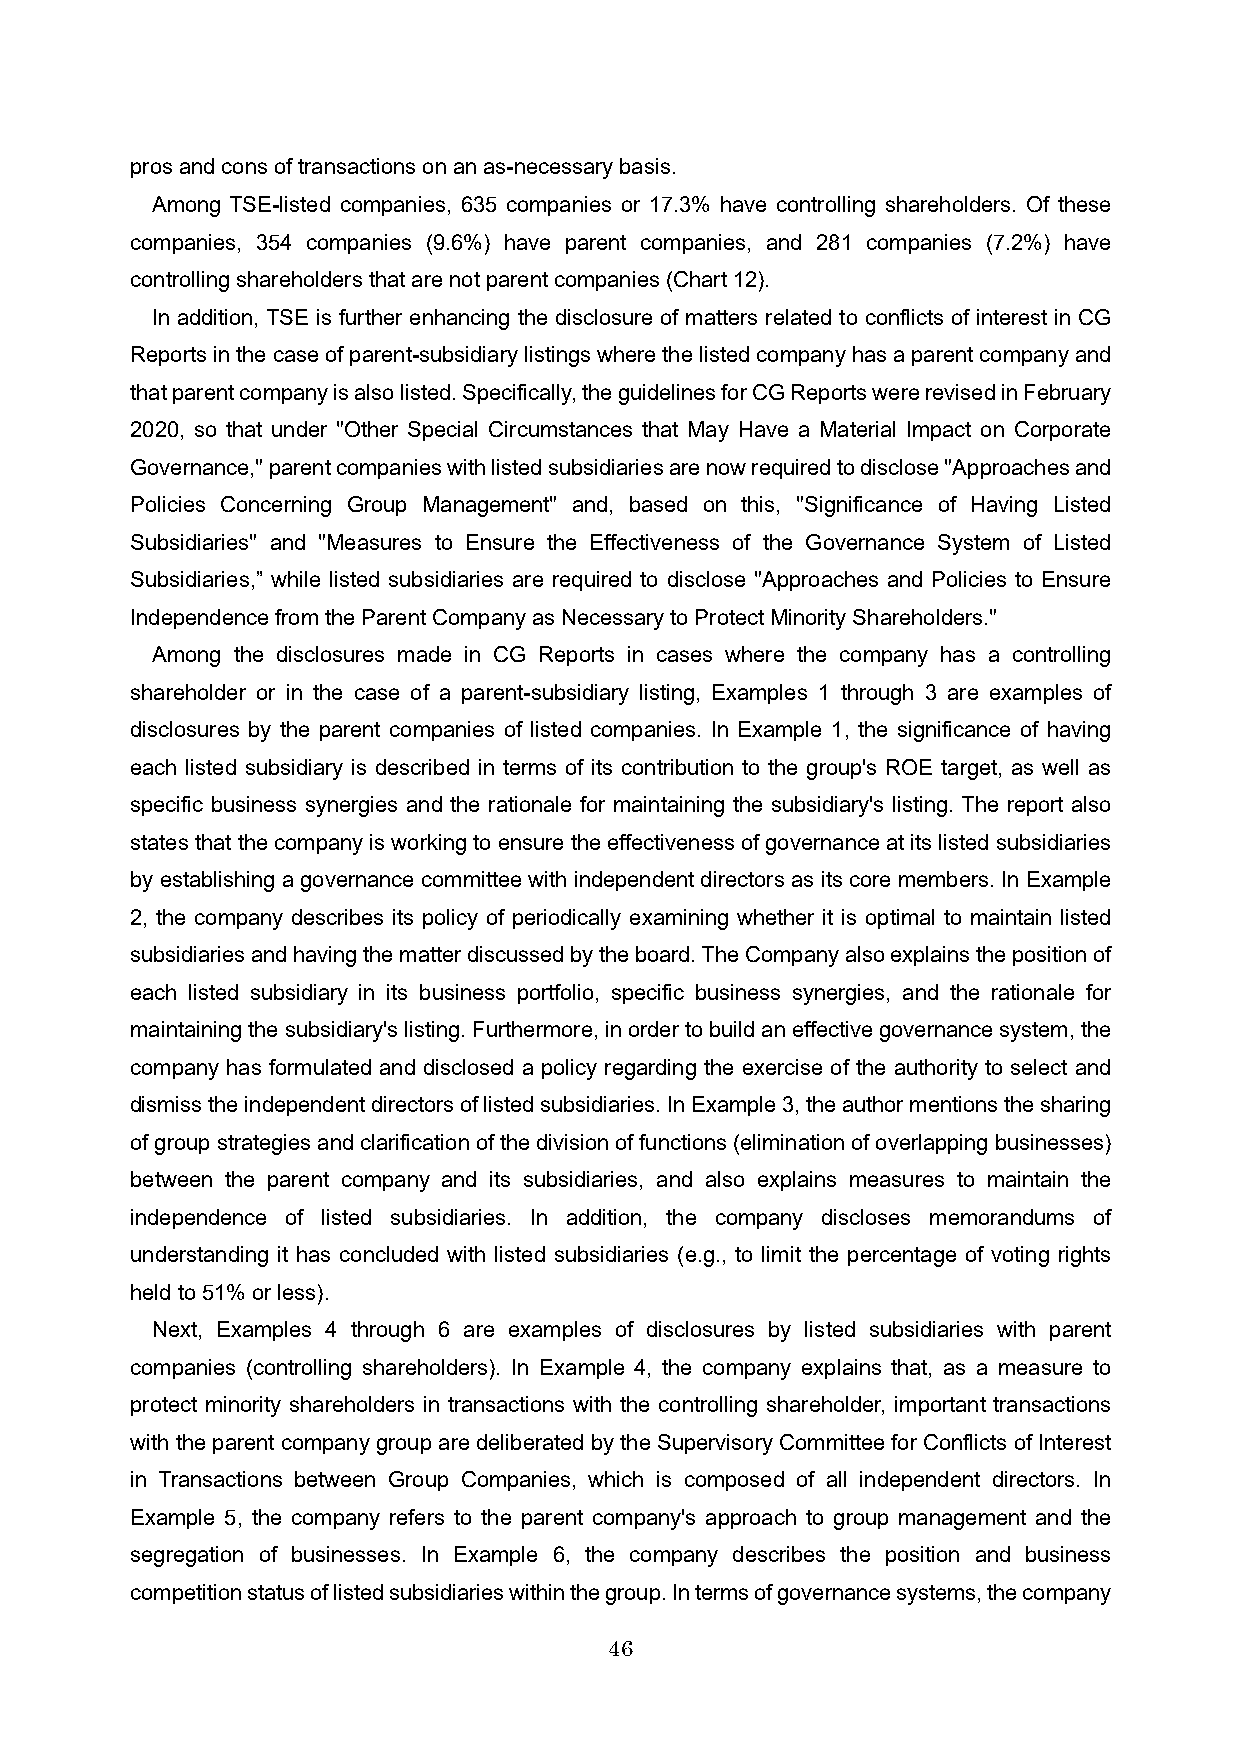
pros and cons of transactions on an as-necessary basis.
 Among TSE-listed companies, 635 companies or 17.3% have controlling shareholders. Of these
 companies, 354 companies (9.6%) have parent companies, and 281 companies (7.2%) have
 controlling shareholders that are not parent companies (Chart12).
 In addition, TSE is further enhancing the disclosure of matters related to conflicts of interest in CG
 Reports in the case of parent-subsidiary listings where the listed company has a parent company and
 that parent company is also listed. Specifically, the guidelines for CG Reports were revised in February
 2020, so that under "Other Special Circumstances that May Have a Material Impact on Corporate
 Governance," parent companies with listed subsidiaries are now required to disclose "Approaches and
 Policies Concerning Group Management" and, based on this, "Significance of Having Listed
 Subsidiaries" and "Measures to Ensure the Effectiveness of the Governance System of Listed
 Subsidiaries,” while listed subsidiaries are required to disclose "Approaches and Policies to Ensure
 Independence from the Parent Company as Necessary to Protect Minority Shareholders."
 Among the disclosures made in CG Reports in cases where the company has a controlling
 shareholder or in the case of a parent-subsidiary listing, Examples 1 through 3 are examples of
 disclosures by the parent companies of listed companies. In Example 1, the significance of having
 each listed subsidiary is described in terms of its contribution to the group's ROE target, as well as
 specific business synergies and the rationale for maintaining the subsidiary's listing. The report also
 states that the company is working to ensure the effectiveness of governance at its listed subsidiaries
 by establishing a governance committee with independent directors as its core members. In Example
 2, the company describes its policy of periodically examining whether it is optimal to maintain listed
 subsidiaries and having the matter discussed by the board. TheCompany also explains the position of
 each listed subsidiary in its business portfolio, specific business synergies, and the rationale for
 maintaining the subsidiary's listing. Furthermore, in order to build an effective governance system, the
 company has formulated and disclosed a policy regarding the exercise of the authority to select and
 dismiss the independent directors of listed subsidiaries. In Example 3, the author mentions the sharing
 of group strategies and clarification of the division of functions (elimination of overlapping businesses)
 between the parent company and its subsidiaries, and also explains measures to maintain the
 independence of listed subsidiaries. In addition, the company discloses memorandums of
 understanding it has concluded with listed subsidiaries (e.g., to limit the percentage of voting rights
 held to 51% or less).
 Next, Examples 4 through 6 are examples of disclosures by listed subsidiaries with parent
 companies (controlling shareholders). In Example 4, the company explains that, as a measure to
 protect minority shareholders in transactions with the controlling shareholder, important transactions
 with the parent company group are deliberated by the Supervisory Committee for Conflicts of Interest
 in Transactions between Group Companies, which is composed of all independent directors. In
 Example 5, the company refers to the parent company's approach to group management and the
 segregation of businesses. In Example 6, the company describes the position and business
 competition status of listed subsidiaries within the group. In terms of governance systems, the company
 46